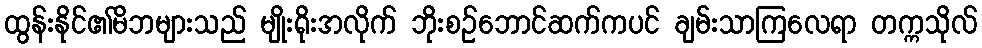
ထွန်းနိုင်၏မိဘများသည် မျိုးရိုးအလိုက် ဘိုးစဉ်ဘောင်ဆက်ကပင် ချမ်းသာကြလေရာ တက္ကသိုလ်